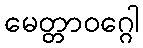
မေတ္တာဝဂ္ဂေါ